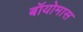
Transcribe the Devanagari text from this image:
बॉयोमास